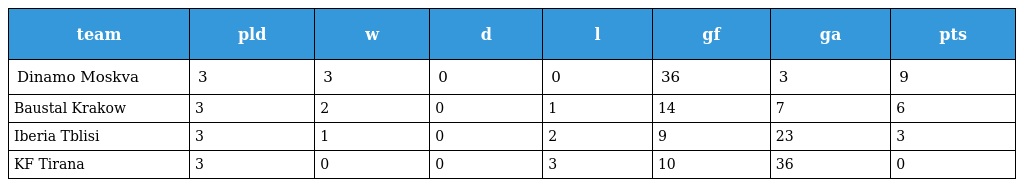
| team | pld | w | d | l | gf | ga | pts |
 | --- | --- | --- | --- | --- | --- | --- | --- |
 | Dinamo Moskva | 3 | 3 | 0 | 0 | 36 | 3 | 9 |
 | Baustal Krakow | 3 | 2 | 0 | 1 | 14 | 7 | 6 |
 | Iberia Tblisi | 3 | 1 | 0 | 2 | 9 | 23 | 3 |
 | KF Tirana | 3 | 0 | 0 | 3 | 10 | 36 | 0 |